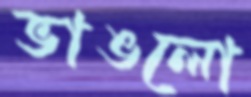
ভাঙলো